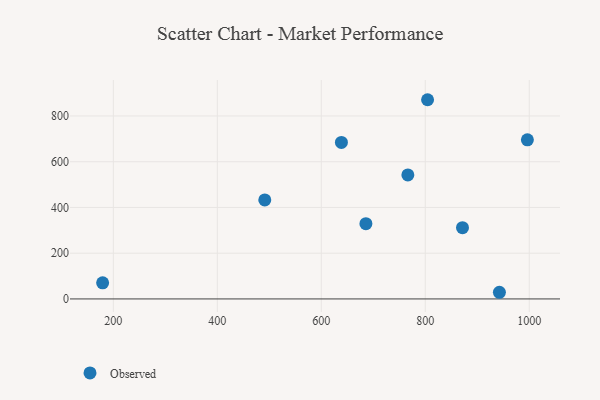
{"axis": {"x": "Price", "y": "Rating"}, "legend": ["Observed"], "data": [{"x": "942.6", "y": 29.1, "type": "Observed"}, {"x": "638.7", "y": 684.3, "type": "Observed"}, {"x": "871.6", "y": 311.4, "type": "Observed"}, {"x": "766.5", "y": 542.3, "type": "Observed"}, {"x": "996.4", "y": 695.9, "type": "Observed"}, {"x": "491.3", "y": 432.8, "type": "Observed"}, {"x": "179.4", "y": 70.6, "type": "Observed"}, {"x": "804.4", "y": 871.1, "type": "Observed"}, {"x": "685.8", "y": 328.9, "type": "Observed"}]}